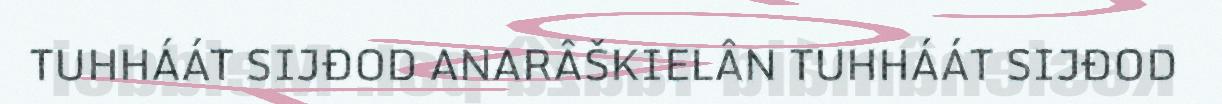
TUHHÁÁT SIJĐOD ANARÂŠKIELÂN TUHHÁÁT SIJĐOD